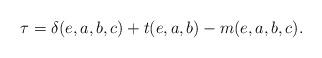
LaTeX: \begin{align*}\tau=\delta(e,a,b,c)+t(e,a,b)-m(e,a,b,c).\end{align*}